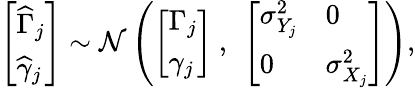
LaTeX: \begin{array}{r}{\left[\begin{array}{l}{\widehat\Gamma_{j}}\\ {\widehat\gamma_{j}}\end{array}\right]\sim\mathcal{N}\left(\left[\begin{array}{l}{\Gamma_{j}}\\ {\gamma_{j}}\end{array}\right]\ ,\ \left[\begin{array}{ll}{{\sigma}_{Y_{j}}^{2}}&{0}\\ {0}&{{\sigma}_{X_{j}}^{2}}\end{array}\right]\right),}\end{array}